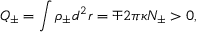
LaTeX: Q _ { \pm } = \int { \rho } _ { \pm } d ^ { 2 } r = { \mp } 2 { \pi } { \kappa } { \cal N } _ { \pm } > 0 ,